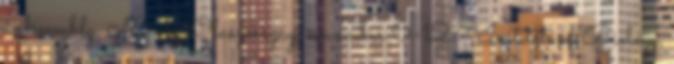
Assembly, Nápoly, Olaszország, november 6-12. - Institute of Biology,